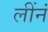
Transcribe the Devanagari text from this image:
लींनं